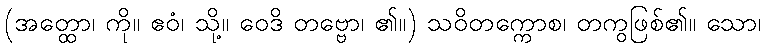
(အတ္ထော၊ ကို။ ဧဝံ၊ သို့။ ဝေဒိ တဗ္ဗော၊ ၏။) သဝိတက္ကောစ၊ တကွဖြစ်၏။ သော၊